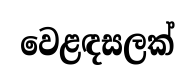
වෙළඳසලක්